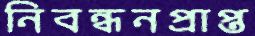
নিবন্ধনপ্রাপ্ত